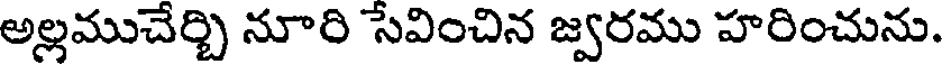
అల్లముచేర్చి నూరి సేవించిన జ్వరము హరించును.